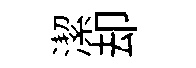
潔却